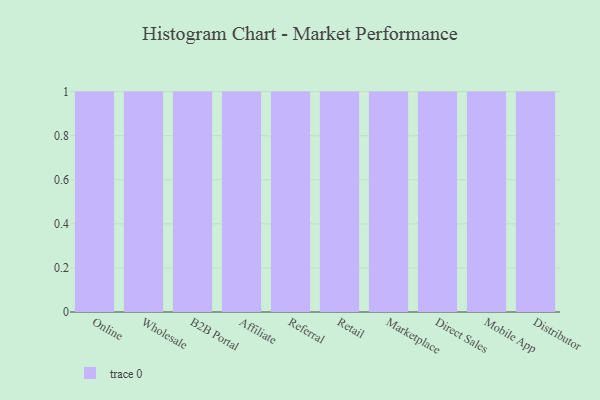
{"axis": {"x": "Channel", "y": "Churn Rate (%)"}, "legend": [""], "data": [{"x": "Online", "y": 95, "type": ""}, {"x": "Wholesale", "y": 75, "type": ""}, {"x": "B2B Portal", "y": 93, "type": ""}, {"x": "Affiliate", "y": 24, "type": ""}, {"x": "Referral", "y": 73, "type": ""}, {"x": "Retail", "y": 25, "type": ""}, {"x": "Marketplace", "y": 71, "type": ""}, {"x": "Direct Sales", "y": 93, "type": ""}, {"x": "Mobile App", "y": 32, "type": ""}, {"x": "Distributor", "y": 25, "type": ""}]}